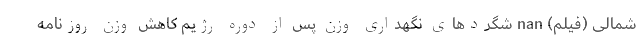
شمالی (فیلم) nan شگردهای نگهداری وزن پس از دوره رژیم کاهش وزن روزنامه